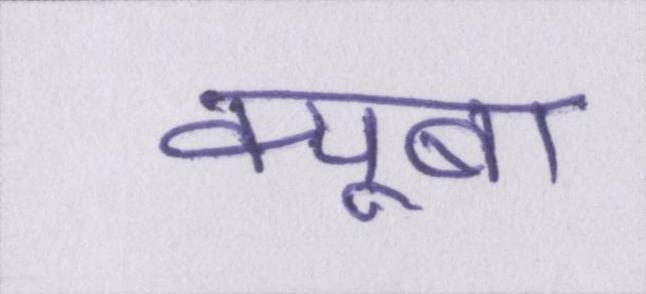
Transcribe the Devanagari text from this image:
क्यूबा